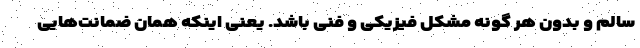
سالم و بدون هر گونه مشکل فیزیکی و فنی باشد. یعنی اینکه همان ضمانت‌هایی